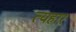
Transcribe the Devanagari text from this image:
त्यहार